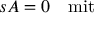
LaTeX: s A = 0 \quad \mathrm { m i t } \quad